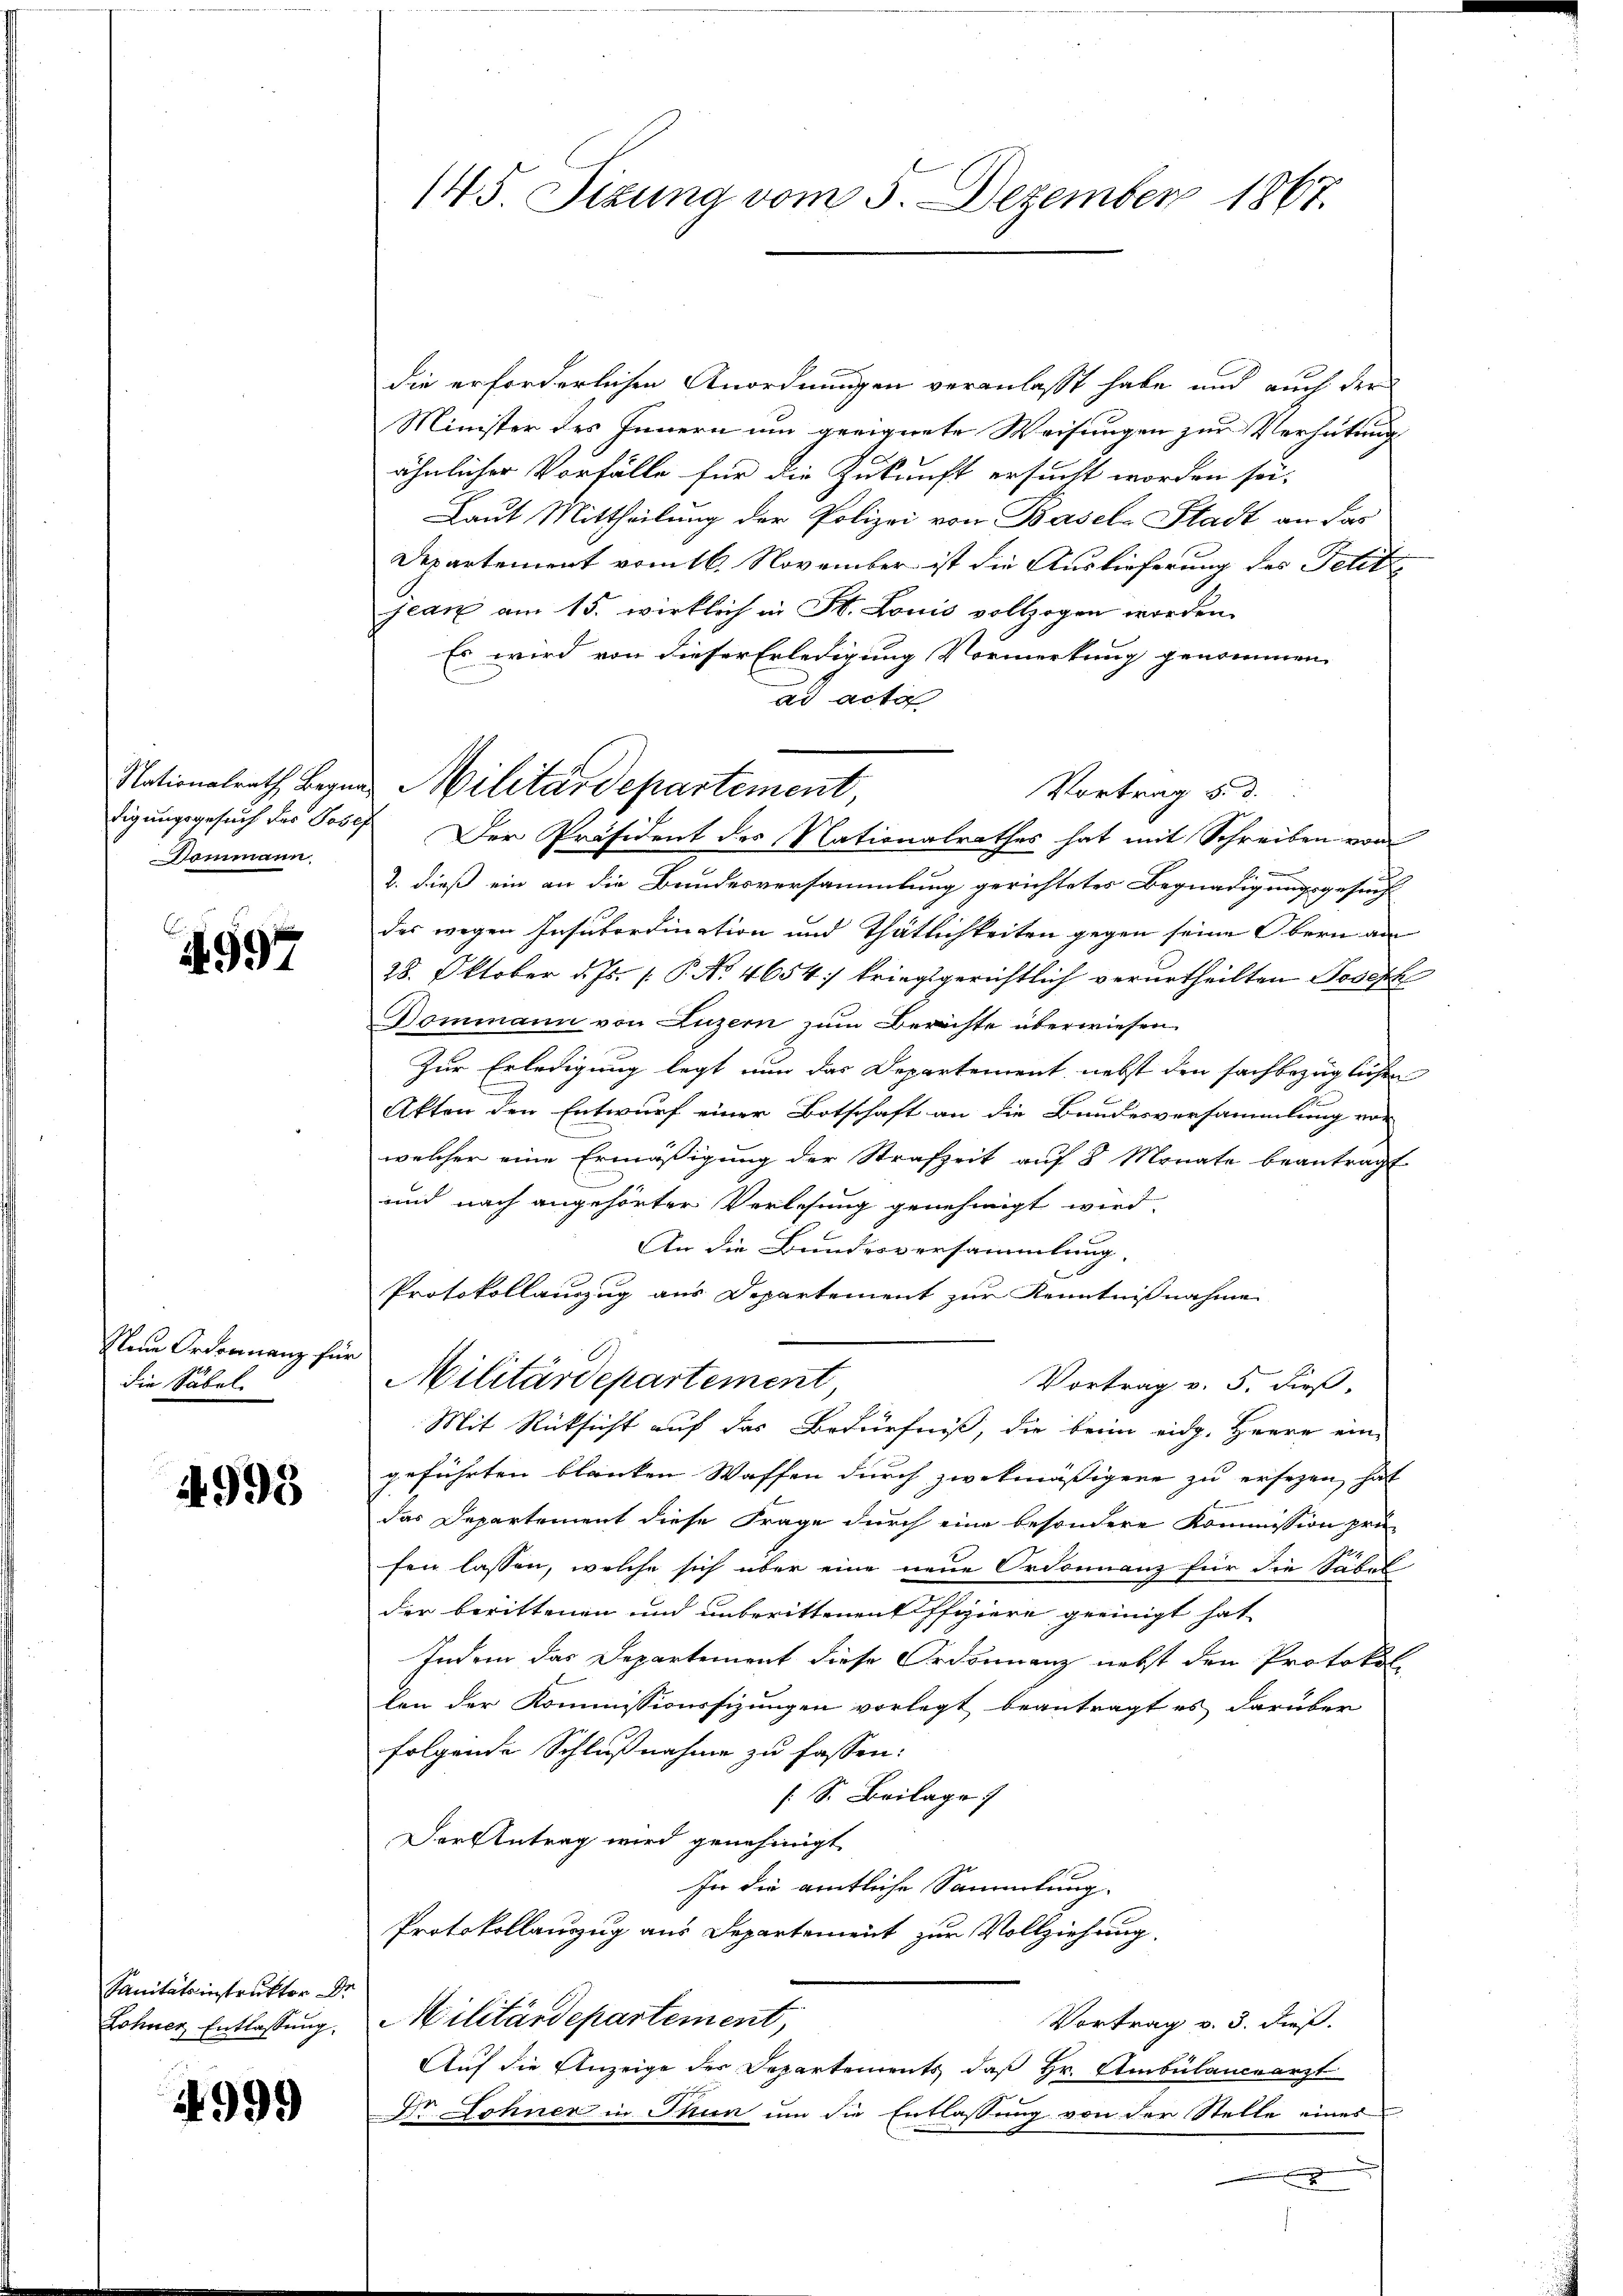
Dommann.

4997

Klein Ordonnanz für
die Säbel

4993

Sanitätsinstruktor Dr
Lohner Entlassung.

4999

145. Sizung vom 5. Dezember 1867.

die erforderlichen Anordnungen veranlasst habe und auch der
Minister des Innern um geeignete Weisungen zur Verhütung
ähnlicher Vorfälle für die Zukunft ersucht worden sei-
Laut Mittheilung der Polizei von Basel-Stadt an das
Departement vom 16. November ist die Auslieferung des Petiti
jean am 15. wirklich in St. Louis vollzogen worden.
Es wird von dieser Erledigung Vormerkung genommen
ad acta
digungsgesuch des Josef Der Präsident des Nationalrathes hat mit Schreiben von
2. dieß ein an die Bundesversammlung gerichtetes Begnadigungsgesuch
des wegen Insubordination und Thätlichkeiten gegen seine Obern an
28. Oktober d. Js. [ P. No. 4654: kriegsgerichtlich verurtheilten Joseph
Dommann von Luzern zum Berichte überwiesen.
Zur Erledigung legt nun das Departement nebst den sachbezüglichen
Akten den Entwurf einer Botschaft an die Bundesversammlung vor
welcher eine Ermäßigung der Strafzeit auf 8 Monate beantragt
und nach angehörter Verlesung genehmigt wird.
An die Bundesversammlung.
Protokollauszug aus Departement zur Kenntnißnahme
Militärdepartement,
Vortrag v. 5. dieß,
Mit Rücksicht auf das Bedürfniß, die beim eidg. Herre ein-
geführten blanken Waffen durch zwekmäßigere zu ersezen hat
das Departement diese Frage durch eine besondere Kommission prü
fen lassen, welche sich über eine neue Ordonnanz für die Säbel-
der berittenen und unberittenen Pfiziere geeinigt hat
Indem das Departement diese Ordonnanz nebst den Protokol
len der Kommissionssizungen vorlegt beantragt es darüber
folgende Schlußnahme zu fassen:
[S. Beilage
Der Antrag wird genehmigt
In die amtliche Sammlung.
Protokollauszug aus Departement zur Vollziehung.
Militärdepartement,
Vortrag v. 3. dieß.
Auf die Anzeige der Departements, daß Hr. Ambülanceärzt
Der ohner in Thun um die Entlassung von der Stelle eines
x

Nationalrath Begna Militärdepartement,

Vortrag 5. d.